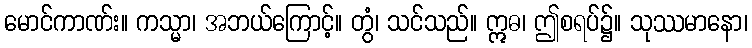
မောင်ကာဏ်း။ ကသ္မာ၊ အဘယ်ကြောင့်။ တွံ၊ သင်သည်။ ဣဓ၊ ဤစရပ်၌။ သုဿမာနော၊